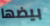
بيضها